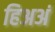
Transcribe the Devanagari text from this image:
हिअअं